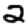
Digit: 2